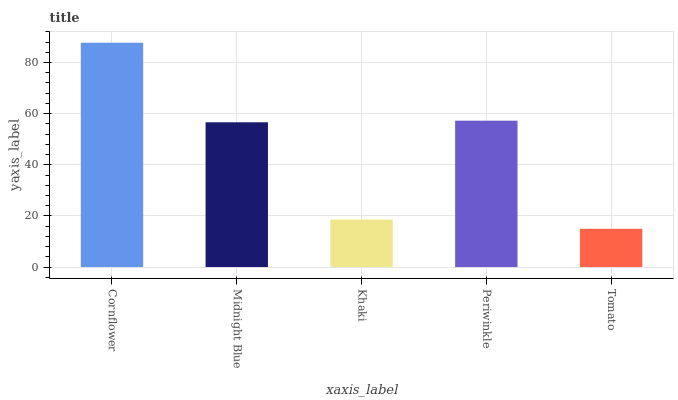
| xaxis_label | bars |
 | --- | --- |
 | Cornflower | 87.8 |
 | Midnight Blue | 56.6 |
 | Khaki | 18.6 |
 | Periwinkle | 57.3 |
 | Tomato | 15 |